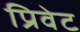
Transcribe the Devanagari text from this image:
प्रिवेट